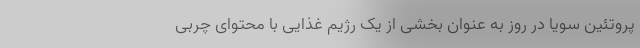
پروتئین سویا در روز به عنوان بخشی از یک رژیم غذایی با محتوای چربی